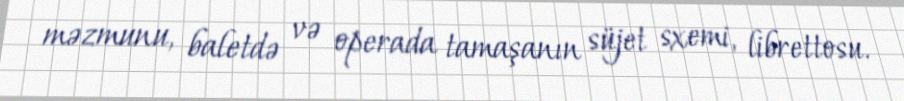
məzmunu, baletdə və operada tamaşanın süjet sxemi, librettosu.